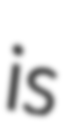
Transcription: is